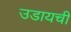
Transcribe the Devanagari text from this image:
उडायची